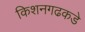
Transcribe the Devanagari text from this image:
किशनगढकडे